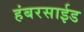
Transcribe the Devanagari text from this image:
हंबरसाईड